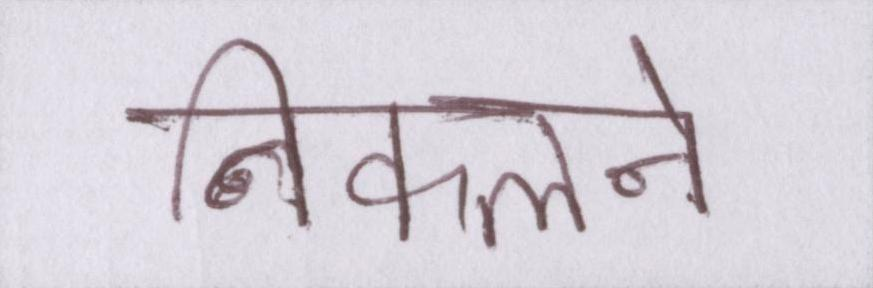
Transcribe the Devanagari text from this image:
निकलने